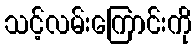
သင့်လမ်းကြောင်းကို